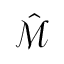
\hat { \mathcal { M } }